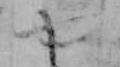
や